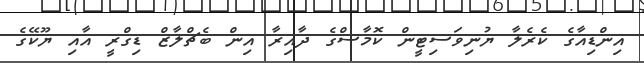
އިންޑިއާގެ ކެރެލާ ޔުނިވަސިޓީން ކޮމާސްގެ ދާއިރާ އިން ބެޗްލާޒް ޑިގްރީ އާއި ޔޫކޭގެ